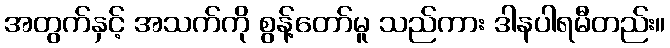
အတွက်နှင့် အသက်ကို စွန့်တော်မူ သည်ကား ဒါနပါရမီတည်း။